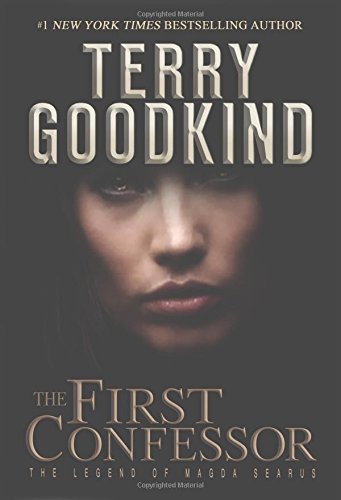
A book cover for The First Confessor: The Legend of Magda Searus (Richard and Kahlan); Terry Goodkind; Science Fiction & Fantasy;